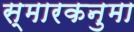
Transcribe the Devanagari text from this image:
स्मारकनुमा